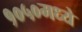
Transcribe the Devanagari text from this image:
१०५०मध्ये